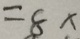
= 8 x